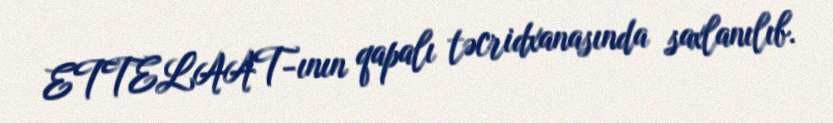
ETTELAAT-ının qapalı təcridxanasında saxlanılıb.